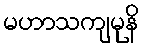
မဟာသကျမုနိ